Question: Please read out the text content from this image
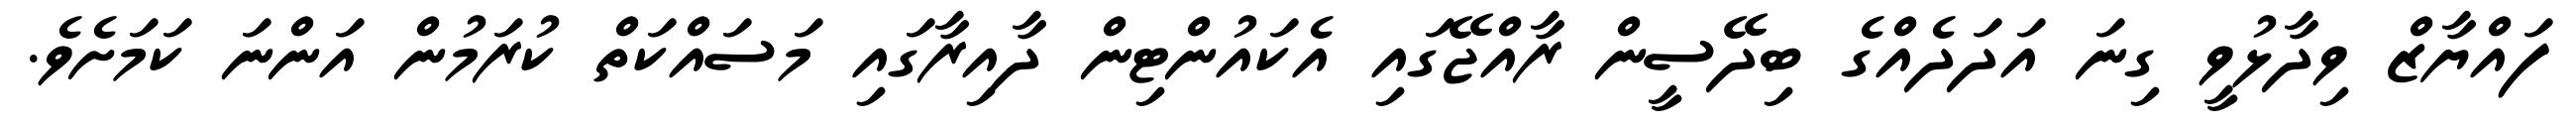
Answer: ފައްޔާޒް ވިދާޅުވީ ގިނަ އަދަދެއްގެ ބިދޭސީން ރާއްޖޭގައި އެކައުންޓިން ދާއިރާގައި މަސައްކަތް ކުރަމުން އަންނަ ކަމަށެވެ.